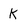
Character: k